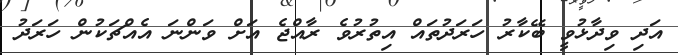
އަދި ވިދާޅުވީ ބޭކާރު ހަރަދުތައް އިތުރުވެ ރާއްޖެ އަށް ވަންނަ އެއްޗަކުން ހަރަދު